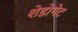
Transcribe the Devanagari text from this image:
शेडोगेट